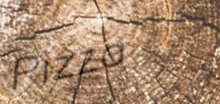
Pizza